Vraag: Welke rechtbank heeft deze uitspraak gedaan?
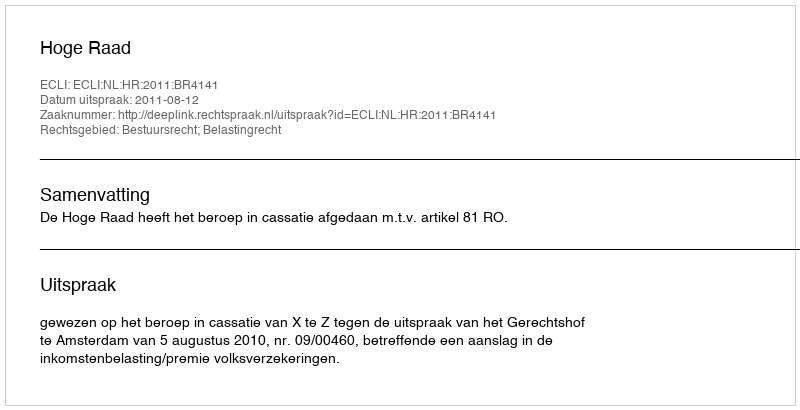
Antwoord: Hoge Raad